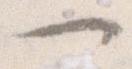
へ